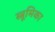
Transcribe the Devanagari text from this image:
स्त्रूमिका